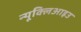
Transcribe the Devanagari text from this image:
न्यूक्लिआइउ